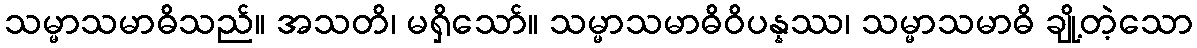
သမ္မာသမာဓိသည်။ အသတိ၊ မရှိသော်။ သမ္မာသမာဓိဝိပန္နဿ၊ သမ္မာသမာဓိ ချို့တဲ့သော